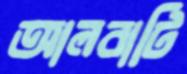
আলবাটি